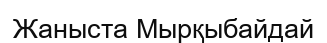
Жаныста Мырқыбайдай